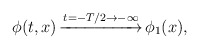
\begin{align*}\phi(t,x)\,{\buildrel t=-T/2\to-\infty\over{\hbox to60pt{\rightarrowfill}}}\,\phi_1(x), \end{align*}